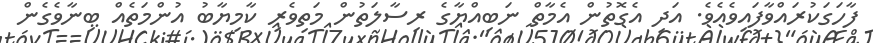
ފާހަގަކުރައްވާފައިވެއެވެ. އަދި އެގޮތުން އެމާތް ނަބިއްޔާގެ ރިސާލަތުން މަތިވެރި ކާމިޔާބު އުންމަތެއް ބިނާވެގެން